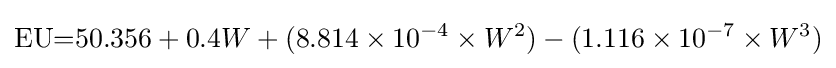
{\text{EU}}{=}50.356+0.4W+(8.814\times 10^{-4}\times W^{2})-(1.116\times 10^{-7}\times W^{3})